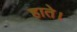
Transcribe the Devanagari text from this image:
हाते।